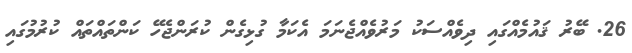
26. ބޭރު ޤައުމެއްގައި ދިވެއްސަކު މަރުވެއްޖެނަމަ އެކަމާ ގުޅިގެން ކުރަންޖެހޭ ކަންތައްތައް ކުރުމުގައި